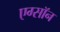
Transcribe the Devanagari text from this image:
एग्सॉन